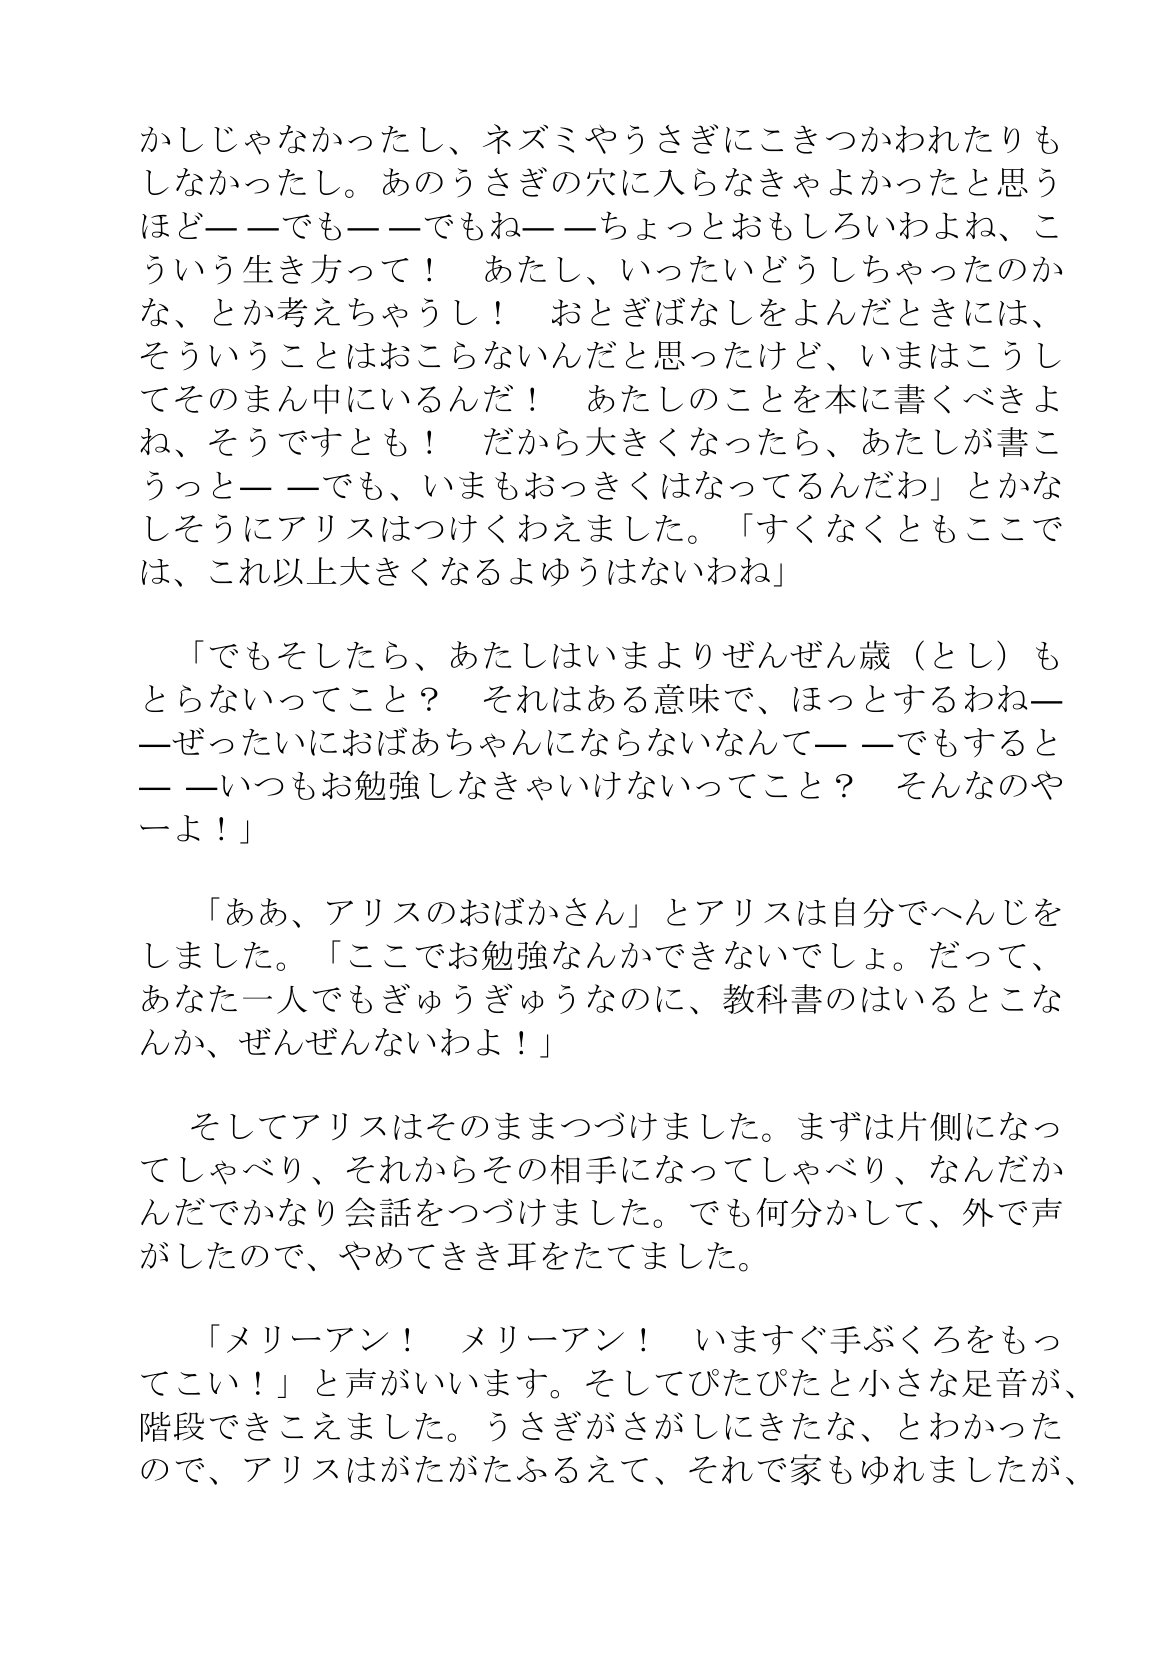
Language: ja